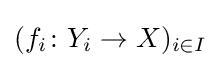
(f_{i}\colon Y_{i}\to X)_{i\in I}